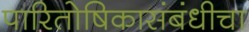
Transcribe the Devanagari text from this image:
पारितोषिकासंबंधीचा